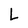
Character: L